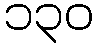
၁၃၀